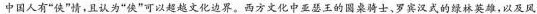
中国人有”侠”情，且认为”侠”可以超越文化边界。西方文化中亚瑟王的圆桌骑士、罗宾汉式的绿林英雄，以及风